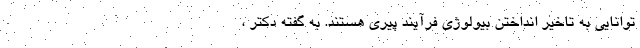
توانایی به تاخیر انداختن بیولوژی فرآیند پیری هستند. به گفته دکتر ،